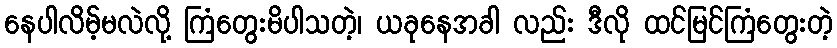
နေပါလိမ့်မလဲလို့ ကြံတွေးမိပါသတဲ့၊ ယခုနေအခါ လည်း ဒီလို ထင်မြင်ကြံတွေးတဲ့